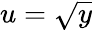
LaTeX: u=\sqrt{y}